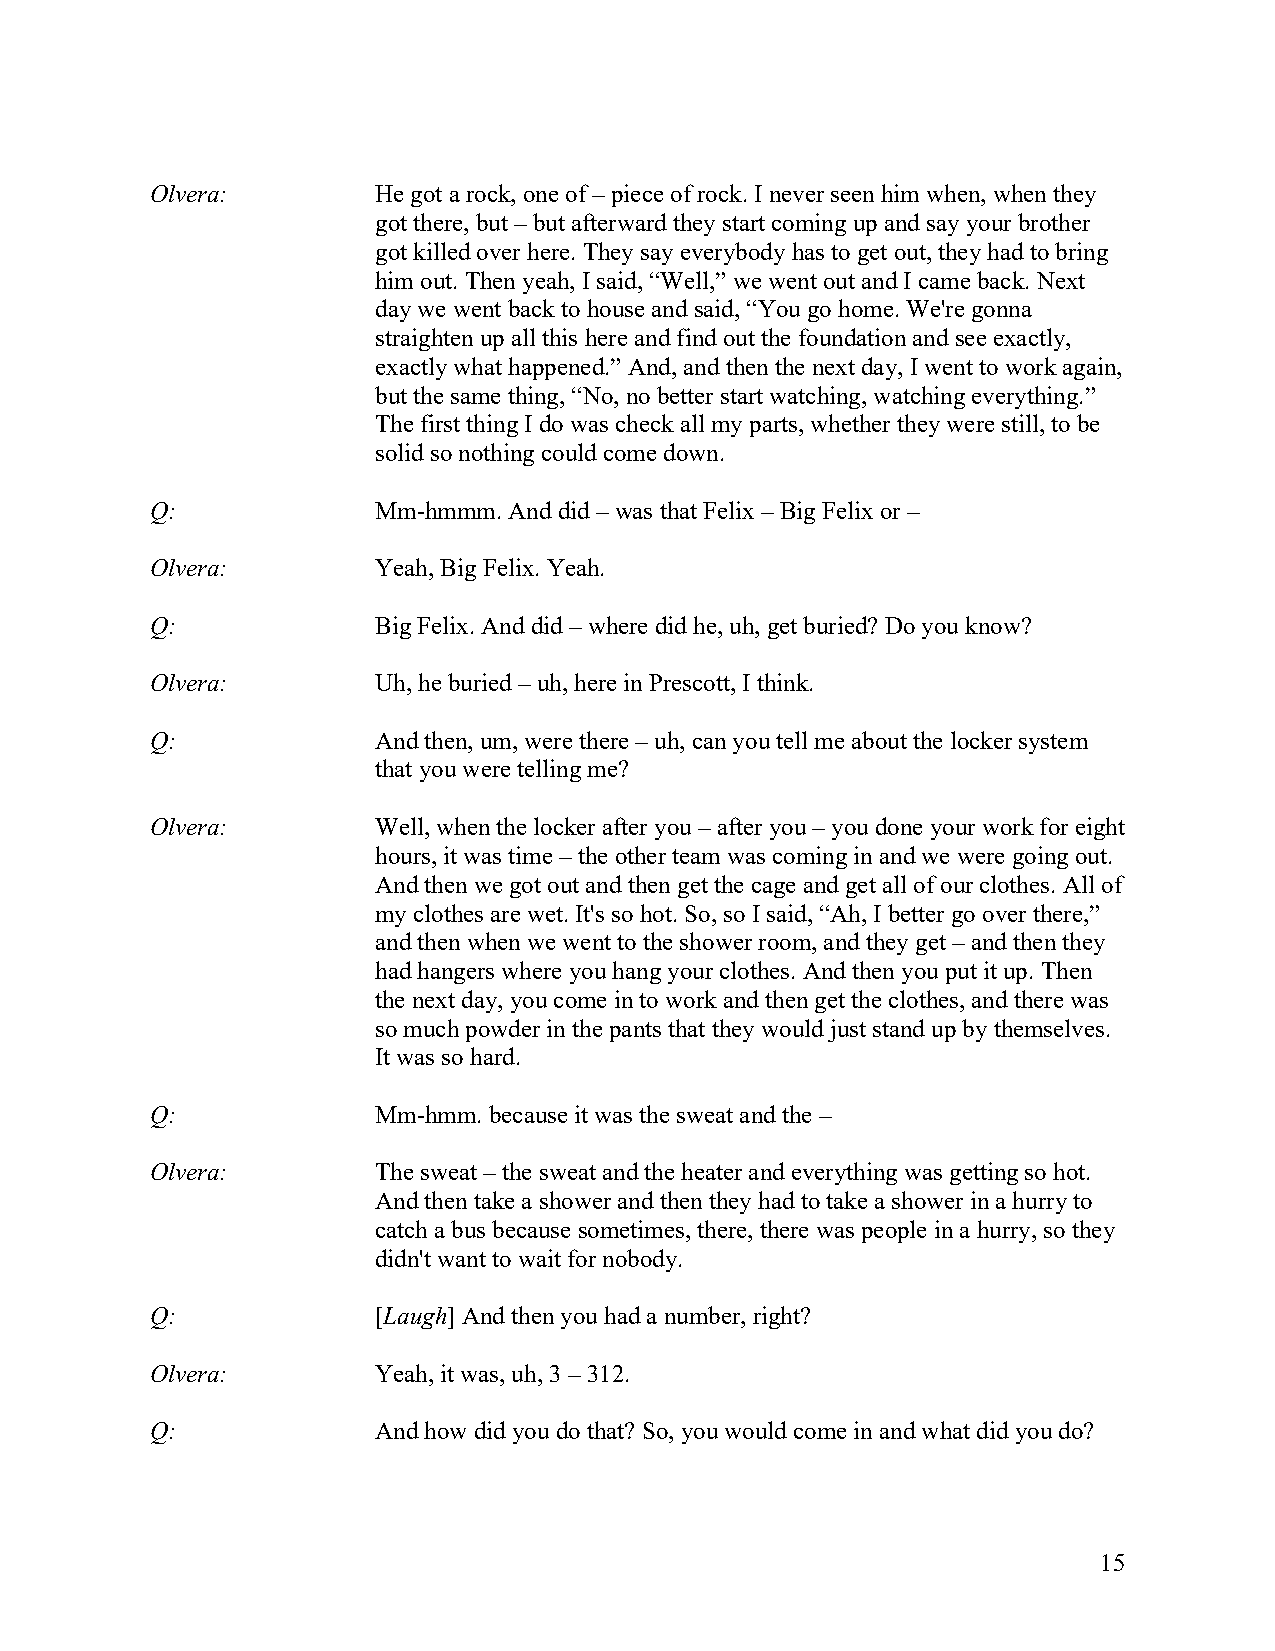
Olvera:        He got a rock, one of – piece of rock. I never seen him when, when they
 got there, but – but afterward they start coming up and say your brother
 got killed over here. They say everybody has to get out, they had to bring
 him out. Then yeah, I said, “Well,” we went out and I came back. Next
 day we went back to house and said, “You go home. We're gonna
 straighten up all this here and find out the foundation and see exactly,
 exactly what happened.” And, and then the next day, I went to work again,
 but the same thing, “No, no better start watching, watching everything.”
 The first thing I do was check all my parts, whether they were still, to be
 solid so nothing could come down.
 Q:             Mm-hmmm. And did – was that Felix – Big Felix or –
 Olvera:        Yeah, Big Felix. Yeah.
 Q:             Big Felix. And did – where did he, uh, get buried? Do you know?
 Olvera:        Uh, he buried – uh, here in Prescott, I think.
 Q:             And then, um, were there – uh, can you tell me about the locker system
 that you were telling me?
 Olvera:        Well, when the locker after you – after you – you done your work for eight
 hours, it was time – the other team was coming in and we were going out.
 And then we got out and then get the cage and get all of our clothes. All of
 my clothes are wet. It's so hot. So, so I said, “Ah, I better go over there,”
 and then when we went to the shower room, and they get – and then they
 had hangers where you hang your clothes. And then you put it up. Then
 the next day, you come in to work and then get the clothes, and there was
 so much powder in the pants that they would just stand up by themselves.
 It was so hard.
 Q:             Mm-hmm. because it was the sweat and the –
 Olvera:        The sweat – the sweat and the heater and everything was getting so hot.
 And then take a shower and then they had to take a shower in a hurry to
 catch a bus because sometimes, there, there was people in a hurry, so they
 didn't want to wait for nobody.
 Q:             [Laugh] And then you had a number, right?
 Olvera:        Yeah, it was, uh, 3 – 312.
 Q:             And how did you do that? So, you would come in and what did you do?
 15